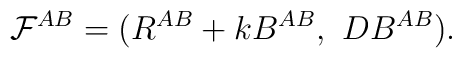
{\cal F}^{AB}=(R^{AB}+ k B^{AB},~ D B^{AB}) .